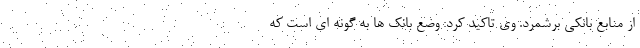
از منابع بانکی برشمرد. وی تاکید کرد: وضع بانک ها به گونه ای است که